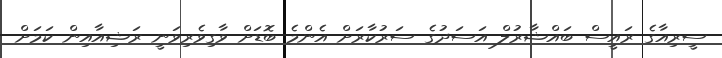
ސީރިއާގެ ރައީސް ބައްޝާރުލް އަސަދުގެ ސަރުކާރަށް އެންމެ ބޮޑަށް ވާގިވެރިވަނީ ރަޝިއާއިން ކަމަށް